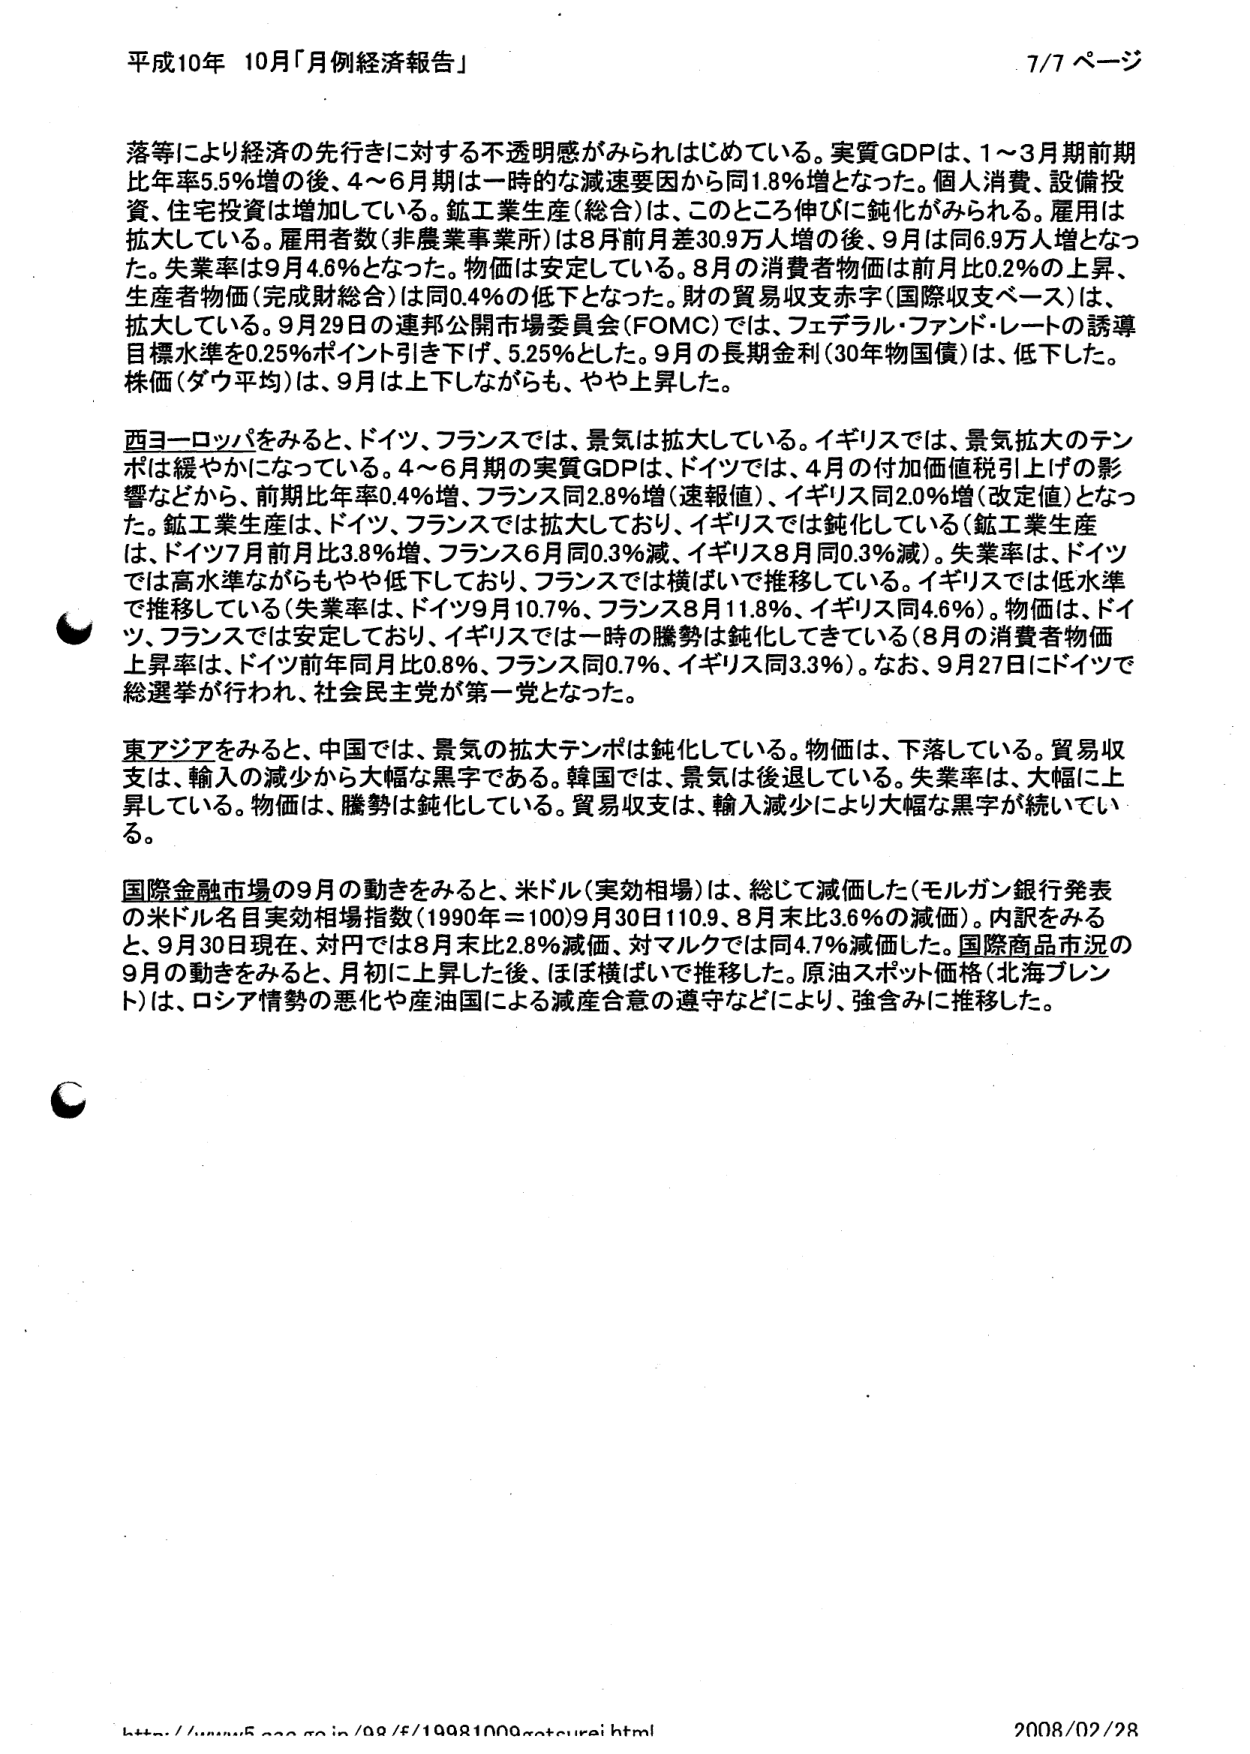
平成10年 10月「月例経済報告」 7/7 ページ

落等により経済の先行きに対する不透明感がみられはじめている。実質GDPは、1～3月期前期比年率5.5%増の後、4～6月期は一時的な減速要因から同1.8%増となった。個人消費、設備投資、住宅投資は増加している。鉱工業生産（総合）は、このところ伸びに鈍化がみられる。雇用は拡大している。雇用者数（非農業事業所）は8月前月差30.9万人増の後、9月は同6.9万人増となった。失業率は9月4.6%となった。物価は安定している。8月の消費者物価は前月比0.2%の上昇、生産者物価（完成財総合）は同0.4%の低下となった。財の貿易収支赤字（国際収支ベース）は、拡大している。9月29日の連邦公開市場委員会（FOMC）では、フェデラル・ファンド・レートの誘導目標水準を0.25%ポイント引き下げ、5.25%とした。9月の長期金利（30年物国債）は、低下した。株価（ダウ平均）は、9月は上下しながらも、やや上昇した。

西ヨーロッパをみると、ドイツ、フランスでは、景気は拡大している。イギリスでは、景気拡大のテンポは緩やかになっている。4～6月期の実質GDPは、ドイツでは、4月の付加価値税引上げの影響などから、前期比年率0.4%増、フランス同2.8%増（速報値）、イギリス同2.0%増（改定値）となった。鉱工業生産は、ドイツ、フランスでは拡大しており、イギリスでは鈍化している（鉱工業生産は、ドイツ7月前月比3.8%増、フランス6月同0.3%減、イギリス8月同0.3%減）。失業率は、ドイツでは高水準ながらもやや低下しており、フランスでは横ばいで推移している。イギリスでは低水準で推移している（失業率は、ドイツ9月10.7%、フランス8月11.8%、イギリス同4.6%）。物価は、ドイツ、フランスでは安定しており、イギリスでは一時の騰勢は鈍化してきている（8月の消費者物価上昇率は、ドイツ前年同月比0.8%、フランス同0.7%、イギリス同3.3%）。なお、9月27日にドイツで総選挙が行われ、社会民主党が第一党となった。

東アジアをみると、中国では、景気の拡大テンポは鈍化している。物価は、下落している。貿易収支は、輸入の減少から大幅な黒字である。韓国では、景気は後退している。失業率は、大幅に上昇している。物価は、騰勢は鈍化している。貿易収支は、輸入減少により大幅な黒字が続いている。

国際金融市場の9月の動きをみると、米ドル（実効相場）は、総じて減価した（モルガン銀行発表の米ドル名目実効相場指数（1990年＝100）9月30日110.9、8月末比3.6%の減価）。内訳をみると、9月30日現在、対円では8月末比2.8%減価、対マルクでは同4.7%減価した。国際商品市況の9月の動きをみると、月初に上昇した後、ほぼ横ばいで推移した。原油スポット価格（北海ブレント）は、ロシア情勢の悪化や産油国による減産合意の遵守などにより、強含みに推移した。

http://www5.cao.go.jp/09/f/19981000gataurei.html 2008/02/28